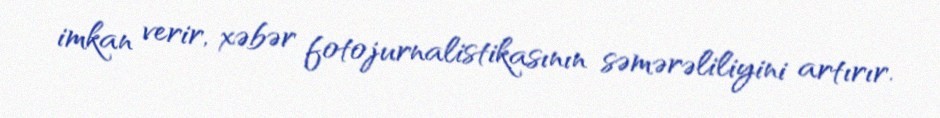
imkan verir, xəbər fotojurnalistikasının səmərəliliyini artırır.